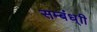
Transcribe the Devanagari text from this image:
सम्बंध्ाी